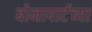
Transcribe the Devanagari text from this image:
बोनापार्टच्या